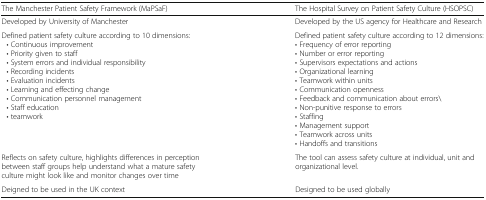
<table><thead><tr><td><b>The Manchester Patient Safety Framework (MaPSaF)</b></td><td><b>The Hospital Survey on Patient Safety Culture (HSOPSC)</b></td></tr></thead><tbody><tr><td>Developed by University of Manchester</td><td>Developed by the US agency for Healthcare and Research</td></tr><tr><td>Defined patient safety culture according to 10 dimensions: • Continuous improvement • Priority given to staff • System errors and individual responsibility • Recording incidents • Evaluation incidents • Learning and effecting change • Communication personnel management • Staff education • teamwork</td><td>Defined patient safety culture according to 12 dimensions:• Frequency of error reporting• Number or error reporting• Supervisors expectations and actions• Organizational learning• Teamwork within units• Communication openness• Feedback and communication about errors\• Non-punitive response to errors• Staffing• Management support• Teamwork across units• Handoffs and transitions</td></tr><tr><td>Reflects on safety culture, highlights differences in perception between staff groups help understand what a mature safety culture might look like and monitor changes over time</td><td>The tool can assess safety culture at individual, unit and organizational level.</td></tr><tr><td>Deigned to be used in the UK context</td><td>Designed to be used globally</td></tr></tbody></table>